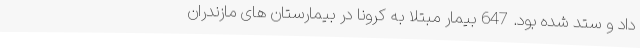
داد و ستد شده بود. 647 بیمار مبتلا به کرونا در بیمارستان های مازندران